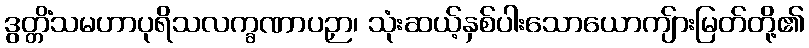
ဒွတ္တိံသမဟာပုရိသလက္ခဏာပဉှာ၊ သုံးဆယ့်နှစ်ပါးသောယောကျ်ားမြတ်တို့၏